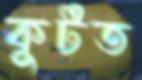
কুটত